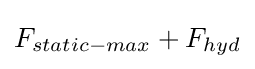
{F_{static-max}+F_{hyd}}